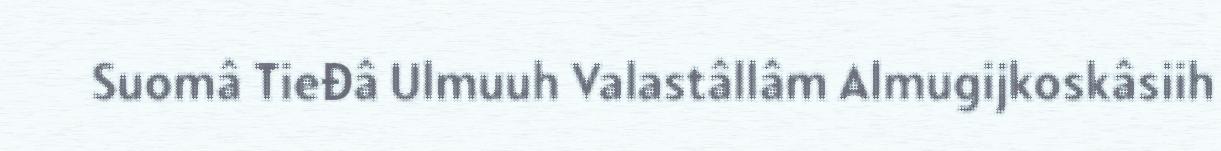
Suomâ Tieđâ Ulmuuh Valastâllâm Almugijkoskâsiih